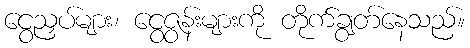
ငွေညှပ်များ၊ ငွေဇွန်းများကို တိုက်ချွတ်နေသည်။